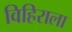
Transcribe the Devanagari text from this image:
विहिराला